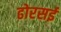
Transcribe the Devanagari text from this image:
ढोरसई